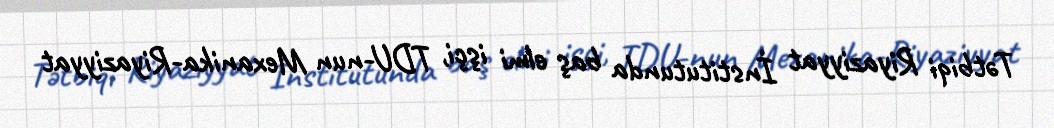
Tətbiqi Riyaziyyat İnstitutunda baş elmi işçi, TDU-nun Mexanika-Riyaziyyat